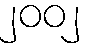
၂၀၀၂